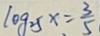
\log 2 5 x = \frac { 3 } { 5 }